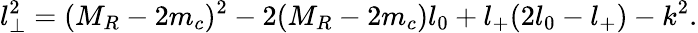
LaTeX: l_{\perp}^{2}=(M_{R}-2m_{c})^{2}-2(M_{R}-2m_{c})l_{0}+l_{+}(2l_{0}-l_{+})-k^{2}.